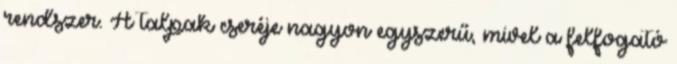
rendszer. A talpak cseréje nagyon egyszerű, mivel a felfogató